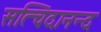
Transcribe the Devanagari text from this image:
सत्चिदानन्द